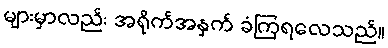
များမှာလည်း အရိုက်အနှက် ခံကြရလေသည်။